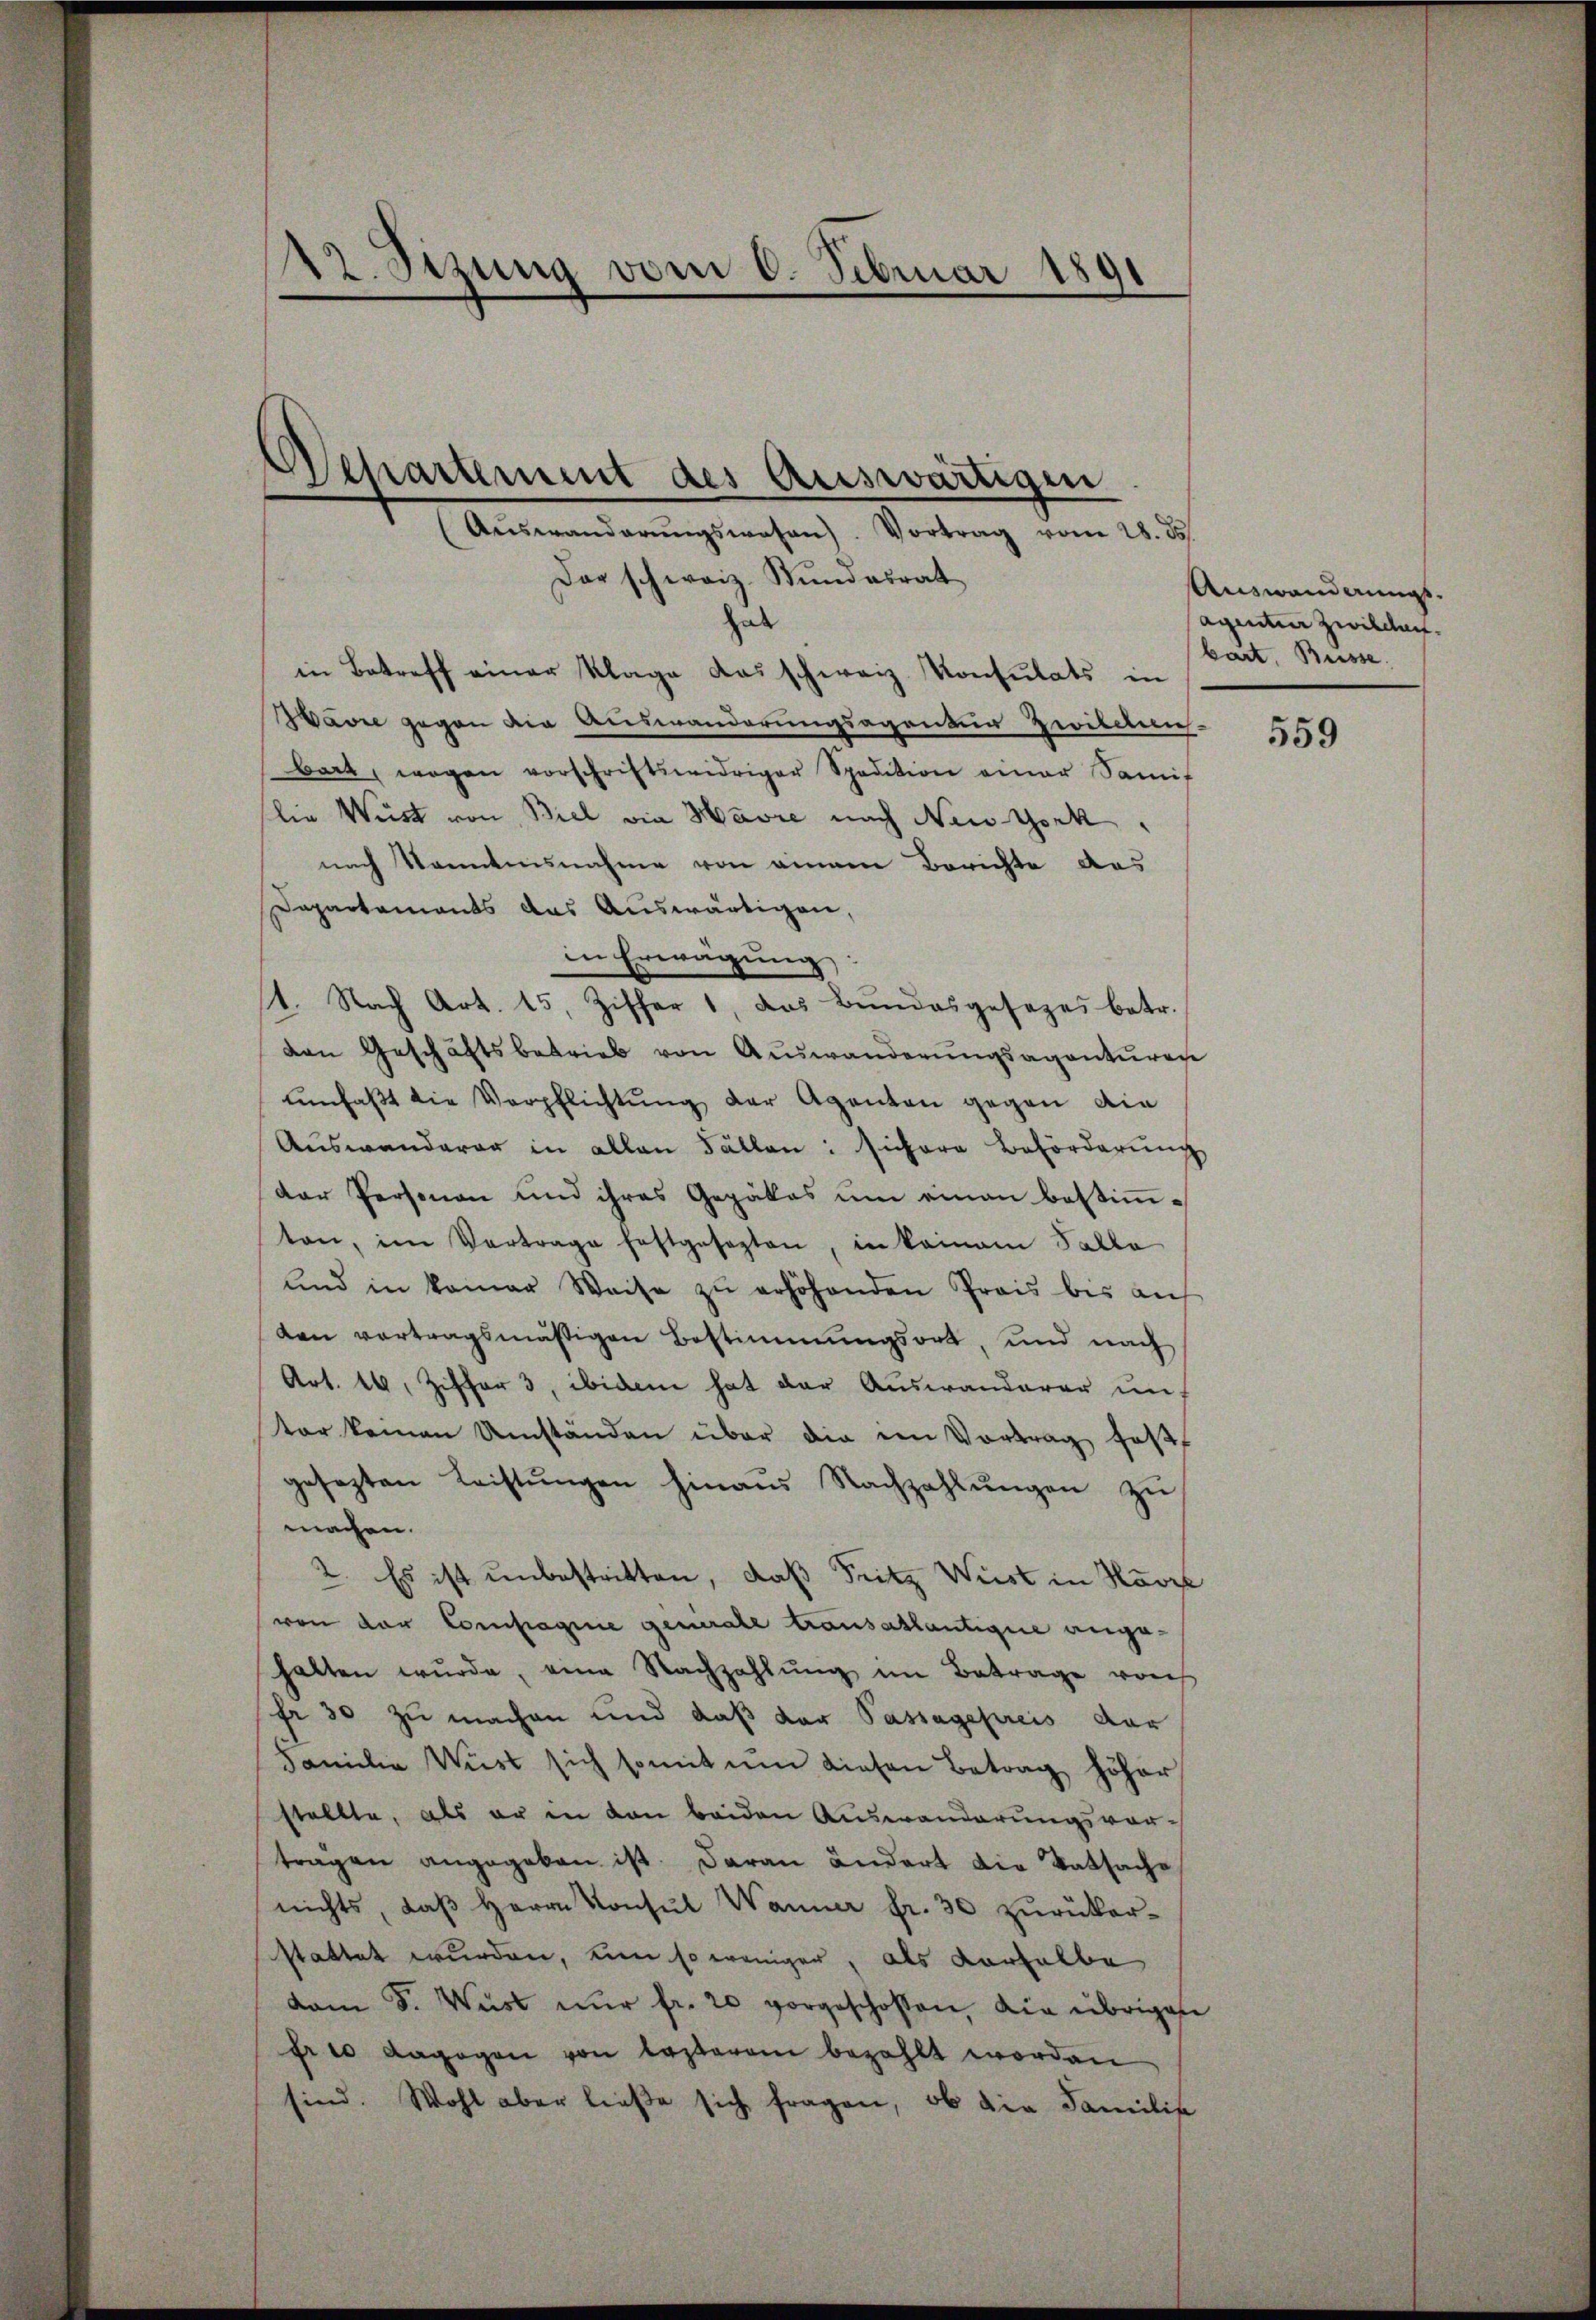
142. Sizung vom 6. Februar 1891

(Aŭswanderŭngswesen). Vortrag vom 28. ds.
Der schweiz. Bundesrat
hab
in Betreff einer Klage das schweiz. Konsulats in
Warre gegen die Auswanderungsagentun Zwillen.
bart, wegen vorschriftswidriger Spedition einer Samif
lie Wüst von Biel die Havre nach New York,
nach kanntnisnahme von einem Berichte des
Departements das Auswärtigen,
in Erwägung
1. Nach Art. 15, Ziffer 1, das Bundesgesezes betr.
den Geschäftsbetrieb von Auswanderungsagenturen
umfaßt die Verpflichtung der Agenten gegen die
Auswanderer in allen Fällen: sichere Beförderung
der Personen und ihres Gepäkes um einen bestimmton, im Vertrage festgesezten, in keinem Falle
und in kamer Weise zŭ erhöhenden Preis bis auf
den vortragsmäßigen Bestimmungsort, und nach
Art. 14, Ziffer 3, ibidem hat der Auswanderer unter keinen Umständen über die ein Vortrag faßt
gesezten Leistŭngen hinaus Nachzahlŭngen zŭ
machen.
2. Es ist unbestritten, daß Fritz Wurst in Havre
von der Compagnie generale trausallantique ange-
halten wŭrde, eine Nachzahlŭng im Betrage vorh
fr 30 zu machen und daß der Passagepreis der
Familie Wüst sich somit ŭm diesen Betrag höher
stellte, als er in den beiden Auswanderungsvortragen angegeben ist. Daran ändert die Tatsache
nichts, daβ Herrn Konsŭl Wanner fr. 30 zŭrücker-
stattet wurden, um so weniger, als derselbe
dam S. Wüst nŭr fr. 20 vorgeschossen, die übrigen
fre dagegen von lasterem bezahlt worden
sind. Wohl aber ließe sich fragen, ob die Familie

Departement des Auswärtigen

Auswandlungsagintier Zwilchen.
bart, Büsse.

559